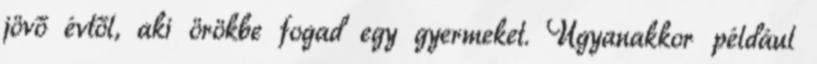
jövő évtől, aki örökbe fogad egy gyermeket. Ugyanakkor például